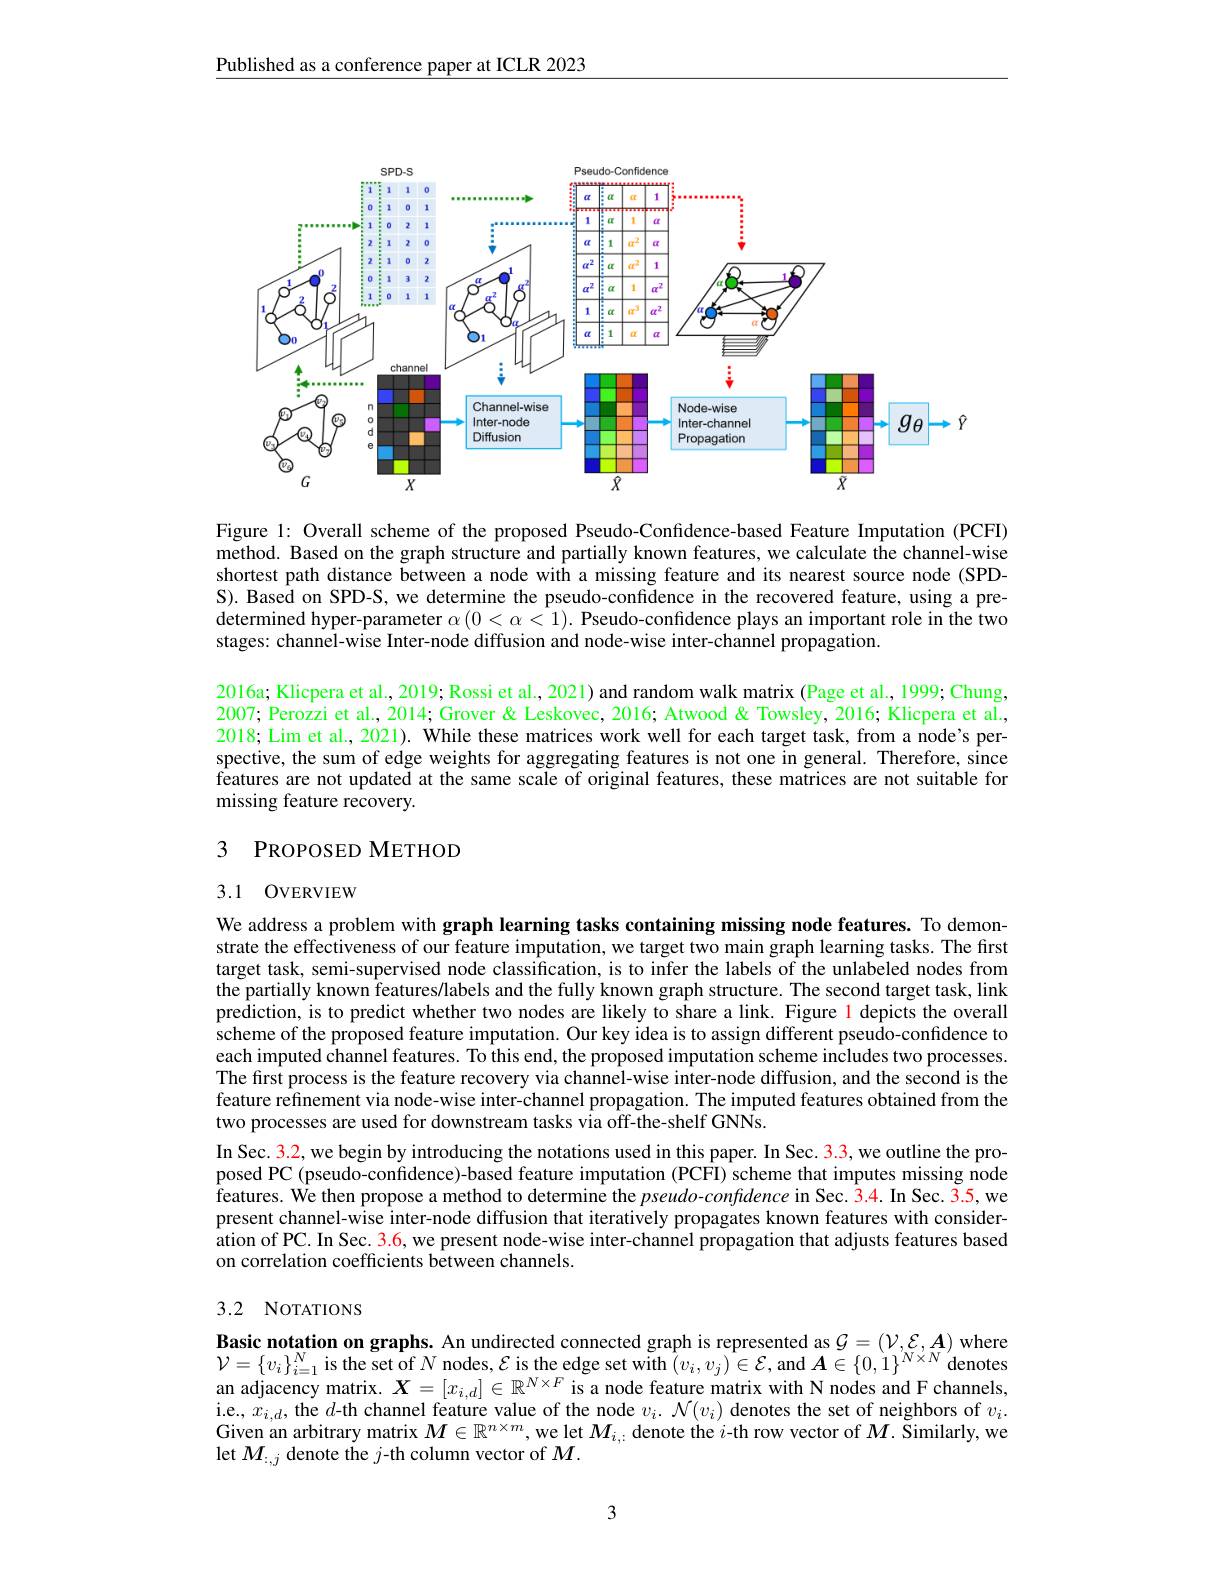
Published as a conference paper at ICLR 2023

<FigureHere>

Figure l: Overall scheme of the proposed Pseudo-Confidence-based Feature Imputation (PCFI) method. Based on the graph structure and partially known features, we calculate the channel-wise shortest path distance between a node with a missing feature and its nearest source node (SPDS). Based on SPD-S, we determine the pseudo-confidence in the recovered feature, using a predetermined hyper-parameter $\alpha\left(0<\alpha<1\right).$ Pseudo-confidence plays an important role in the two stages: channel-wise Inter-node diffusion and node-wise inter-channel propagation.

2016a; Klicpera et al., 2019; Rossi et al., 2021) and random walk matrix (Page et al., 1999; Chung, 2007; Perozzi et al., 2014; Grover & Leskovec, 2016; Atwood & Towsley, 2016; Klicpera et al., 2018; Lim et al., 2021). While these matrices work well for each target task, from a node's perspective, the sum of edge weights for aggregating features is not one in general. Therefore, since features are not updated at the same scale of original features, these matrices are not suitable for missing feature recovery.

## 3 PROPOSED METHOD

## 3.1 OVERVIEW

We address a problem with graph learning tasks containing missing node features. To demonstrate the effectiveness of our feature imputation, we target two main graph learning tasks. The first target task, semi-supervised node classification, is to infer the labels of the unlabeled nodes from the partially known features/labels and the fully known graph structure. The second target task, link prediction, is to predict whether two nodes are likely to share a link. Figure 1 depicts the overall scheme of the proposed feature imputation. Our key idea is to assign different pseudo-confidence to each imputed channel features. To this end, the proposed imputation scheme includes two processes The first process is the feature recovery via channel-wise inter-node diffusion, and the second is the feature refinement via node-wise inter-channel propagation. The imputed features obtained from the two processes are used for downstream tasks via off-the-shelf GNNs.
In Sec. 3.2, we begin by introducing the notations used in this paper. In Sec. 3.3, we outline the proposed PC (pseudo-confidence)-based feature imputation (PCFI) scheme that imputes missing node features. We then propose a method to determine the pseudo-confidence in Sec. 3.4. In Sec. 3.5, we present channel-wise inter-node diffusion that iteratively propagates known features with consideration of PC. In Sec. 3.6, we present node-wise inter-channel propagation that adjusts features based on correlation coefficients between channels.

## 3.2 NOTATIONS

Basic notation on graphs. An undirected connected graph is represented as $\mathcal{G}=(\mathcal{V},\mathcal{E},\boldsymbol{A})$ where $\mathcal{V}=\{v_{i}\}_{i=1}^{N}$ is the set of $N$ nodes, $\mathcal{E}$ is the edge set with $(v_i,v_j)\in\mathcal{E}$,and $\boldsymbol A\in\{0,1\}^{N\times N}$ denotes an adjacency matrix. $X=[x_{i,d}]\in\mathbb{R}^{N\times F}$ is a node feature matrix with N nodes and F channels, i.e., $x_i,d$, the $d$-th channel feature value of the node $v_i.~\mathcal{N}(v_i)$ denotes the set of neighbors of $v_i.$ Given an arbitrary matrix $M\in\mathbb{R}^{n\times m}$, we let $M_i,:$ denote the $i$-th row vector of $M. \text{ \v {S}imilarly, we}$ let $M_{:,j}$ denote the $j$-th column vector of $M.$

3